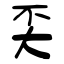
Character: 奀